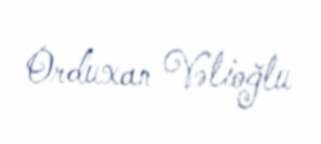
Orduxan Vəlioğlu